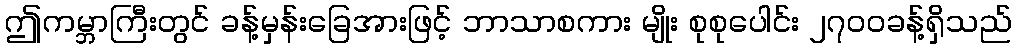
ဤကမ္ဘာကြီးတွင် ခန့်မှန်းခြေအားဖြင့် ဘာသာစကား မျိုး စုစုပေါင်း ၂၇၀၀ခန့်ရှိသည်